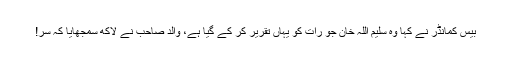
بیس کمانڈر نے کہا وہ سلیم اللہ خان جو رات کو یہاں تقریر کر کے گیا ہے، والد صاحب نے لاکھ سمجھایا کہ سر!